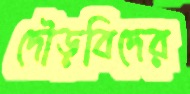
দৌড়বিদের